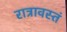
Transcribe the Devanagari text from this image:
रात्रावस्तं